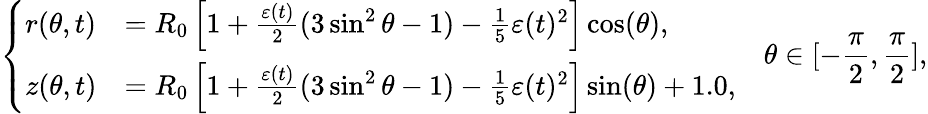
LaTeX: \left\{ \begin{array}{ll}{r(\theta,t)}&{=R_{0}\left[1+\frac{\varepsilon(t)}{2}(3\sin^{2}\theta-1)-\frac{1}{5}\varepsilon(t)^{2}\right]\cos(\theta),}\\ {z(\theta,t)}&{=R_{0}\left[1+\frac{\varepsilon(t)}{2}(3\sin^{2}\theta-1)-\frac{1}{5}\varepsilon(t)^{2}\right]\sin(\theta)+1.0,}\end{array}\right.\quad\theta\in[-\frac{\pi}{2},\frac{\pi}{2}],